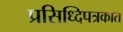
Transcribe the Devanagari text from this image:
प्रसिध्दिपत्रकात